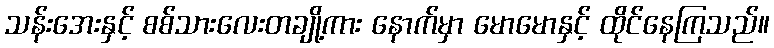
သန်းအေးနှင့် စစ်သားလေးတချို့ကား နောက်မှာ မောမောနှင့် ထိုင်နေကြသည်။